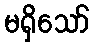
မရှိသော်